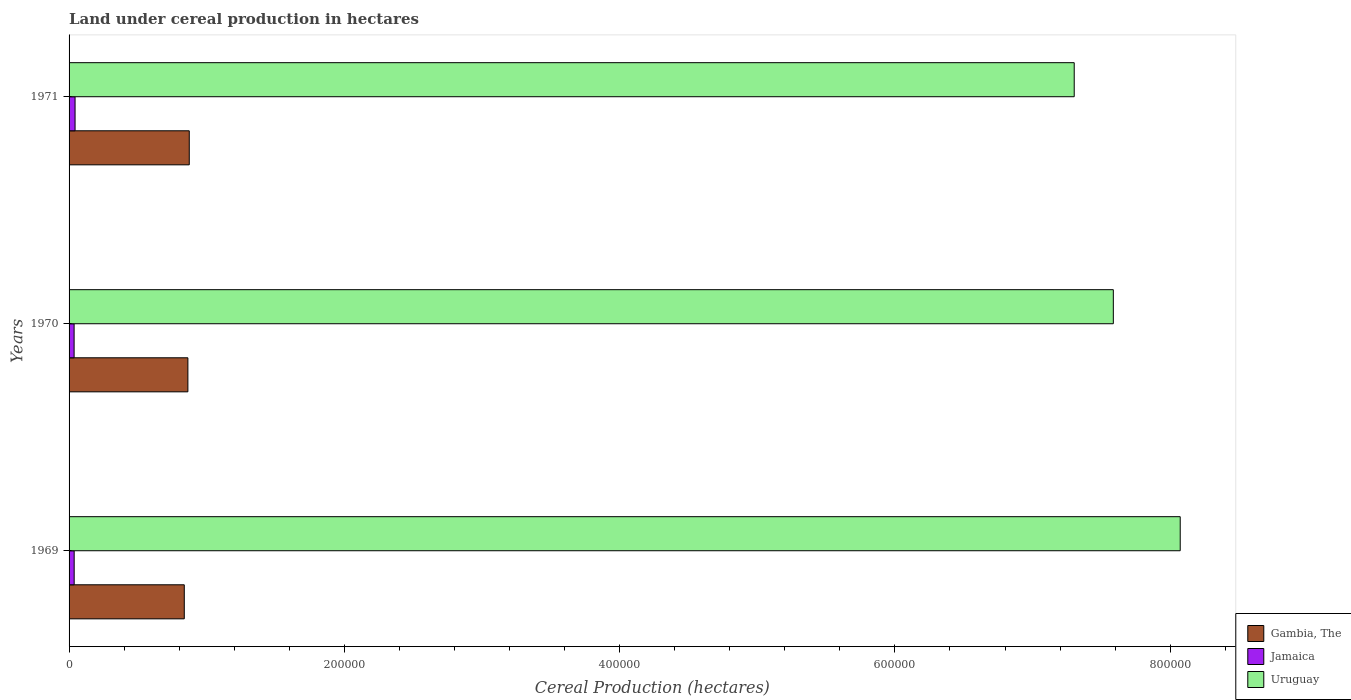
| Years | Gambia, The | Jamaica | Uruguay |
 | --- | --- | --- | --- |
 | 1969 | 8.37e+04 | 3.71e+03 | 8.07e+05 |
 | 1970 | 8.63e+04 | 3.66e+03 | 7.59e+05 |
 | 1971 | 8.73e+04 | 4.35e+03 | 7.3e+05 |